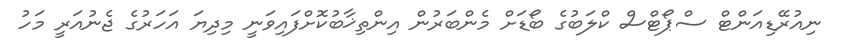
ނިއުރޭޑިއަންޓް ސްޕޯޓްސް ކްލަބުގެ ބޯޑަށް މެންބަރުން އިންތިޚާބުކޮށްފައިވަނީ މިދިޔަ އަހަރުގެ ޖެނުއަރީ މަހު